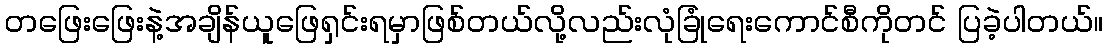
တဖြေးဖြေးနဲ့အချိန်ယူဖြေရှင်းရမှာဖြစ်တယ်လို့လည်းလုံခြုံရေးကောင်စီကိုတင် ပြခဲ့ပါတယ်။